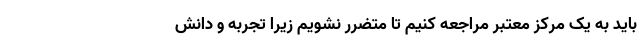
باید به یک مرکز معتبر مراجعه کنیم تا متضرر نشویم زیرا تجربه و دانش